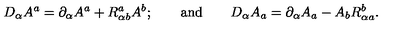
D _ { \alpha } A ^ { a } = \partial _ { \alpha } A ^ { a } + R _ { \alpha b } ^ { a } A ^ { b } ; \qquad \mathrm { a n d } \qquad D _ { \alpha } A _ { a } = \partial _ { \alpha } A _ { a } - A _ { b } R _ { \alpha a } ^ { b } .